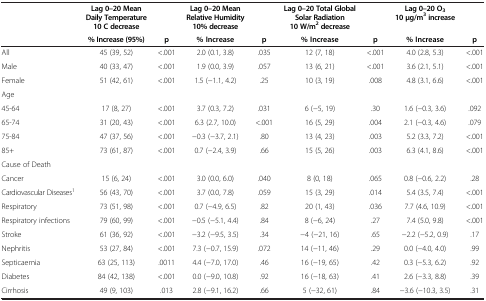
<table><thead><tr><td><b> </b></td><td><b>Lag 0–20 Mean Daily Temperature 10 C decrease</b></td><td><b> </b></td><td><b>Lag 0–20 Mean Relative Humidity 10% decrease</b></td><td><b> </b></td><td><b>Lag 0–20 Total Global Solar Radiation 10 W/m<sup>2</sup>decrease</b></td><td><b> </b></td><td><b>Lag 0–20 O<sub>3</sub>10 μg/m<sup>3</sup>increase</b></td><td><b> </b></td></tr><tr><td><b> </b></td><td><b>% Increase (95%)</b></td><td><b>p</b></td><td><b>% Increase</b></td><td><b>p</b></td><td><b>% Increase</b></td><td><b>p</b></td><td><b>% Increase</b></td><td><b>p</b></td></tr></thead><tbody><tr><td>All</td><td>45 (39, 52)</td><td>&lt;.001</td><td>2.0 (0.1, 3.8)</td><td>.035</td><td>12 (7, 18)</td><td>&lt;.001</td><td>4.0 (2.8, 5.3)</td><td>&lt;.001</td></tr><tr><td>Male</td><td>40 (33, 47)</td><td>&lt;.001</td><td>1.9 (0.0, 3.9)</td><td>.057</td><td>13 (6, 21)</td><td>&lt;.001</td><td>3.6 (2.1, 5.1)</td><td>&lt;.001</td></tr><tr><td>Female</td><td>51 (42, 61)</td><td>&lt;.001</td><td>1.5 (−1.1, 4.2)</td><td>.25</td><td>10 (3, 19)</td><td>.008</td><td>4.8 (3.1, 6.6)</td><td>&lt;.001</td></tr><tr><td>Age</td><td> </td><td> </td><td> </td><td> </td><td> </td><td> </td><td> </td><td> </td></tr><tr><td>45-64</td><td>17 (8, 27)</td><td>&lt;.001</td><td>3.7 (0.3, 7.2)</td><td>.031</td><td>6 (−5, 19)</td><td>.30</td><td>1.6 (−0.3, 3.6)</td><td>.092</td></tr><tr><td>65-74</td><td>31 (20, 43)</td><td>&lt;.001</td><td>6.3 (2.7, 10.0)</td><td>&lt;.001</td><td>16 (5, 29)</td><td>.004</td><td>2.1 (−0.3, 4.6)</td><td>.079</td></tr><tr><td>75-84</td><td>47 (37, 56)</td><td>&lt;.001</td><td>−0.3 (−3.7, 2.1)</td><td>.80</td><td>13 (4, 23)</td><td>.003</td><td>5.2 (3.3, 7.2)</td><td>&lt;.001</td></tr><tr><td>85+</td><td>73 (61, 87)</td><td>&lt;.001</td><td>0.7 (−2.4, 3.9)</td><td>.66</td><td>15 (5, 26)</td><td>.003</td><td>6.3 (4.1, 8.6)</td><td>&lt;.001</td></tr><tr><td>Cause of Death</td><td> </td><td> </td><td> </td><td> </td><td> </td><td> </td><td> </td><td> </td></tr><tr><td>Cancer</td><td>15 (6, 24)</td><td>&lt;.001</td><td>3.0 (0.0, 6.0)</td><td>.040</td><td>8 (0, 18)</td><td>.065</td><td>0.8 (−0.6, 2.2)</td><td>.28</td></tr><tr><td>Cardiovascular Diseases<sup>1</sup></td><td>56 (43, 70)</td><td>&lt;.001</td><td>3.7 (0.0, 7.8)</td><td>.059</td><td>15 (3, 29)</td><td>.014</td><td>5.4 (3.5, 7.4)</td><td>&lt;.001</td></tr><tr><td>Respiratory</td><td>73 (51, 98)</td><td>&lt;.001</td><td>0.7 (−4.9, 6.5)</td><td>.82</td><td>20 (1, 43)</td><td>.036</td><td>7.7 (4.6, 10.9)</td><td>&lt;.001</td></tr><tr><td>Respiratory infections</td><td>79 (60, 99)</td><td>&lt;.001</td><td>−0.5 (−5.1, 4.4)</td><td>.84</td><td>8 (−6, 24)</td><td>.27</td><td>7.4 (5.0, 9.8)</td><td>&lt;.001</td></tr><tr><td>Stroke</td><td>61 (36, 92)</td><td>&lt;.001</td><td>−3.2 (−9.5, 3.5)</td><td>.34</td><td>−4 (−21, 16)</td><td>.65</td><td>−2.2 (−5.2, 0.9)</td><td>.17</td></tr><tr><td>Nephritis</td><td>53 (27, 84)</td><td>&lt;.001</td><td>7.3 (−0.7, 15.9)</td><td>.072</td><td>14 (−11, 46)</td><td>.29</td><td>0.0 (−4.0, 4.0)</td><td>.99</td></tr><tr><td>Septicaemia</td><td>63 (25, 113)</td><td>.0011</td><td>4.4 (−7.0, 17.0)</td><td>.46</td><td>16 (−19, 65)</td><td>.42</td><td>0.3 (−5.3, 6.2)</td><td>.92</td></tr><tr><td>Diabetes</td><td>84 (42, 138)</td><td>&lt;.001</td><td>0.0 (−9.0, 10.8)</td><td>.92</td><td>16 (−18, 63)</td><td>.41</td><td>2.6 (−3.3, 8.8)</td><td>.39</td></tr><tr><td>Cirrhosis</td><td>49 (9, 103)</td><td>.013</td><td>2.8 (−9.1, 16.2)</td><td>.66</td><td>5 (−32, 61)</td><td>.84</td><td>−3.6 (−10.3, 3.5)</td><td>.31</td></tr></tbody></table>